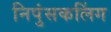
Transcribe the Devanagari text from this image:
निपुंसकलिंग